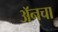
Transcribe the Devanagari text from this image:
अॅनचा